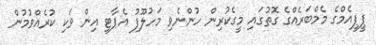
ޕީޕީއެމްގެ މެމްބަރެއްގެ ގޮތުގައި މީގެކުރިން ހުންނެވި މަހުލޫފު އެޕާޓީ އިން ވަކި ކުރެއްވުމުން